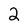
Character: 2